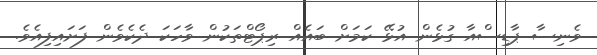
ވެނިސާ ޕާޑިސްއާ ގުޅެން އުޅޭ ކަމަށް ބައެއް ރިޕޯޓްތަކުން ވާހަކަ ދެކެވެން ފަށައިފިއެވެ.